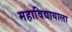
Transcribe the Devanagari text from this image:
महाविद्यायाला